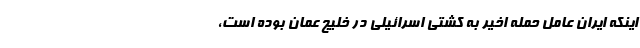
اینکه ایران عامل حمله اخیر به کشتی اسرائیلی در خلیج عمان بوده است،